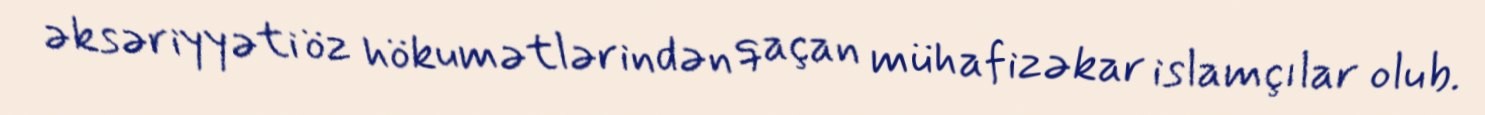
əksəriyyəti öz hökumətlərindən qaçan mühafizəkar islamçılar olub.